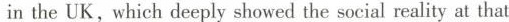
in the UK, which deeply showed the social reality at that